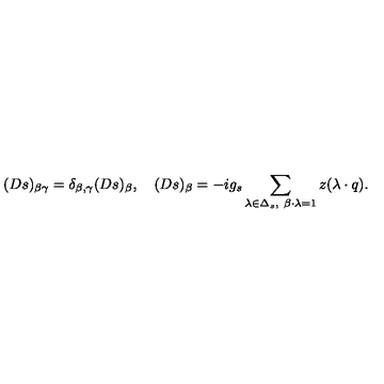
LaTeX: ( D s ) _ { \beta \gamma } = \delta _ { \beta , \gamma } ( D s ) _ { \beta } , \quad ( D s ) _ { \beta } = - i g _ { s } \sum _ { \lambda \in \Delta _ { s } , \ \beta \cdot \lambda = 1 } z ( \lambda \cdot q ) .